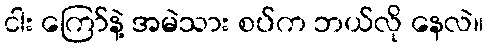
ငါး ကြော်နဲ့ အမဲသား စပ်က ဘယ်လို နေလဲ။